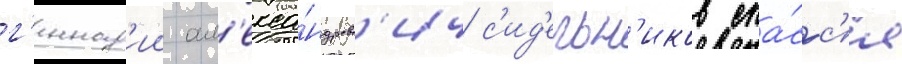
г'еннад'ии ал'екса́ндров'ич с'ид'ельн'иков спа́сс'я